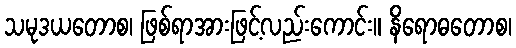
သမုဒယတောစ၊ ဖြစ်ရာအားဖြင့်လည်းကောင်း။ နိရောဓတောစ၊